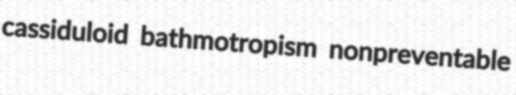
cassiduloid bathmotropism nonpreventable